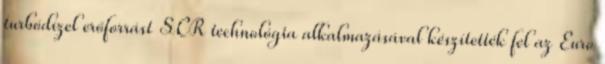
turbódízel erőforrást SCR technológia alkalmazásával készítették fel az Euro